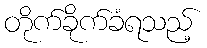
တိုက်ခိုက်ခံရသည့်